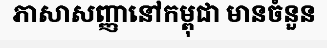
ភាសាសញ្ញានៅកម្ពុជា មានចំនួន